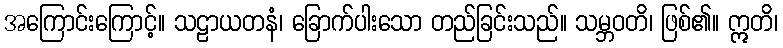
အကြောင်းကြောင့်။ သဠာယတနံ၊ ခြောက်ပါးသော တည်ခြင်းသည်။ သမ္ဘဝတိ၊ ဖြစ်၏။ ဣတိ၊